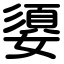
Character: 嬃